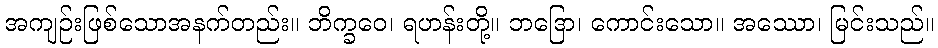
အကျဉ်းဖြစ်သောအနက်တည်း။ ဘိက္ခဝေ၊ ရဟန်းတို့။ ဘဒြော၊ ကောင်းသော။ အဿော၊ မြင်းသည်။